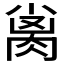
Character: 𰮨